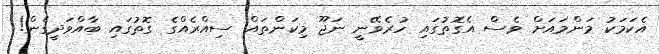
އެކަމަކު މަންމައަށް ވެސް އެގޮތުގައި ހުރެވޭނީ ނަޖޫ މިކަންތައް ސިއްރެއްގެ ގޮތުގައި ބާއްވަދީގެން!